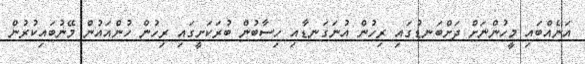
އަނެއްބައި މީހުންނަށް ދަށްބަނޑުގައި ރިހުން އުނަގަނޑާއި ހިސާބުން ބުރަކަށީގައި ރިހުން ހުންއައުން މޭނުބައިކުރުން